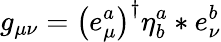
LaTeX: g_{\mu\nu}=\left(e_{\mu}^{a}\right)^{\dagger}\eta_{b}^{a}\ast e_{\nu}^{b}